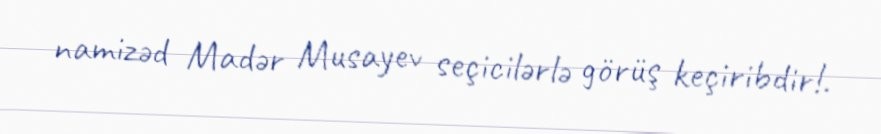
namizəd Madər Musayev seçicilərlə görüş keçiribdir!.